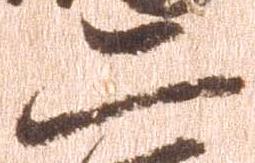
二